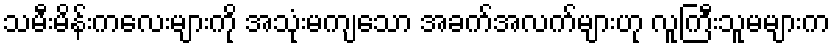
သမီးမိန်းကလေးများကို အသုံးမကျသော အခက်အလက်များဟု လူကြီးသူမများက